Annual administration report of the Civil Veterinary Department, Ajmere-Merwara, British Rajputana - 1914-1940
Year: 1914
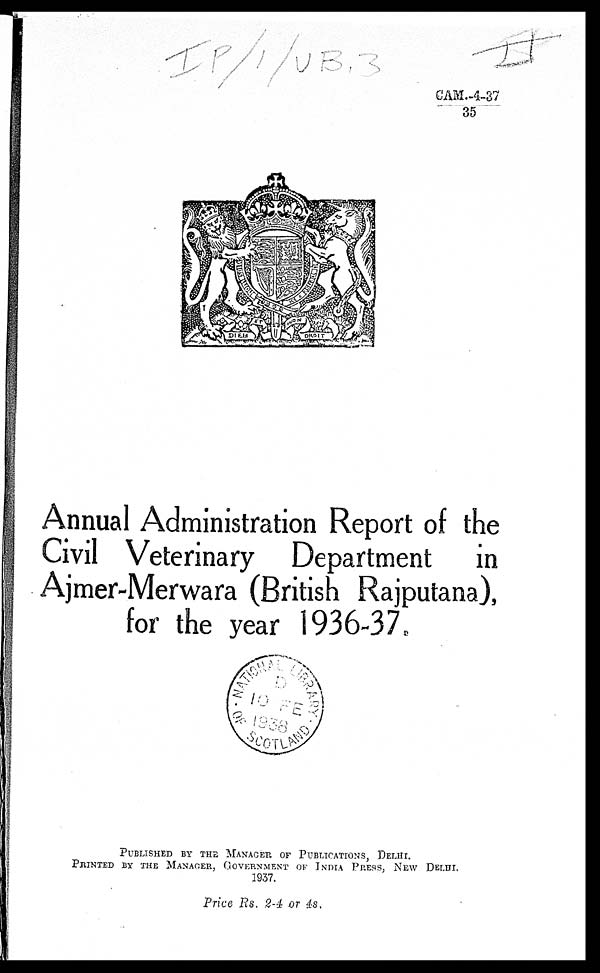
CAM.-4-37
35
Annual Administration Report of the
Civil Veterinary Department in
Ajmer-Merwara (British Rajputana),
for the year 1936-37.
PUBLISHED BY THE MANAGER OF PUBLICATIONS, DELHI.
PRINTED BY THE MANAGER, GOVERNMENT OF INDIA PRESS, NEW DELHI.
1937.
Price Rs. 2-4 or 4s,